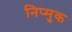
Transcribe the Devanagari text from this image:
निप्मुक